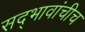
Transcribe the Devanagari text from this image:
सद्‍भावांचीच